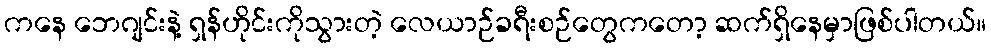
ကနေ ဘေဂျင်းနဲ့ ရှန်ဟိုင်းကိုသွားတဲ့ လေယာဉ်ခရီးစဉ်တွေကတော့ ဆက်ရှိနေမှာဖြစ်ပါတယ်။